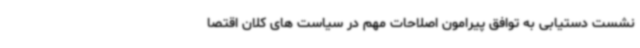
نشست دستیابی به توافق پیرامون اصلاحات مهم در سیاست های کلان اقتصا